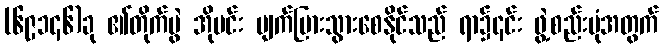
(၆၉၁၄၆)ခု ၏တိုက်ပွဲ အိုမင်း ပျက်ပြားသွားစေနိုင်သည် ရာ၌၎င်း ဖွဲ့စည်းပုံအတွက်